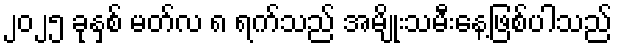
၂၀၂၅ ခုနှစ် မတ်လ ၈ ရက်သည် အမျိုးသမီးနေ့ဖြစ်ပါသည်